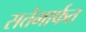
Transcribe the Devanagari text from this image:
सत्तेमार्फत